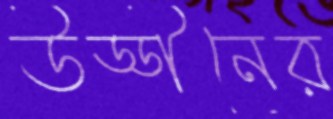
উড্ডীনের